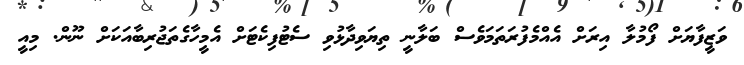
ވަޒީފާޔަށް ފޯމުލާ އިރަށް އެއްމެފުރަތަމަވެސް ބަލާނީ ތިޔަވިދާޅުވި ސެޓުފިކެޓަށް އެމީިހާގެތަޖުރިބާއަކަށް ނޫން. މިއީ